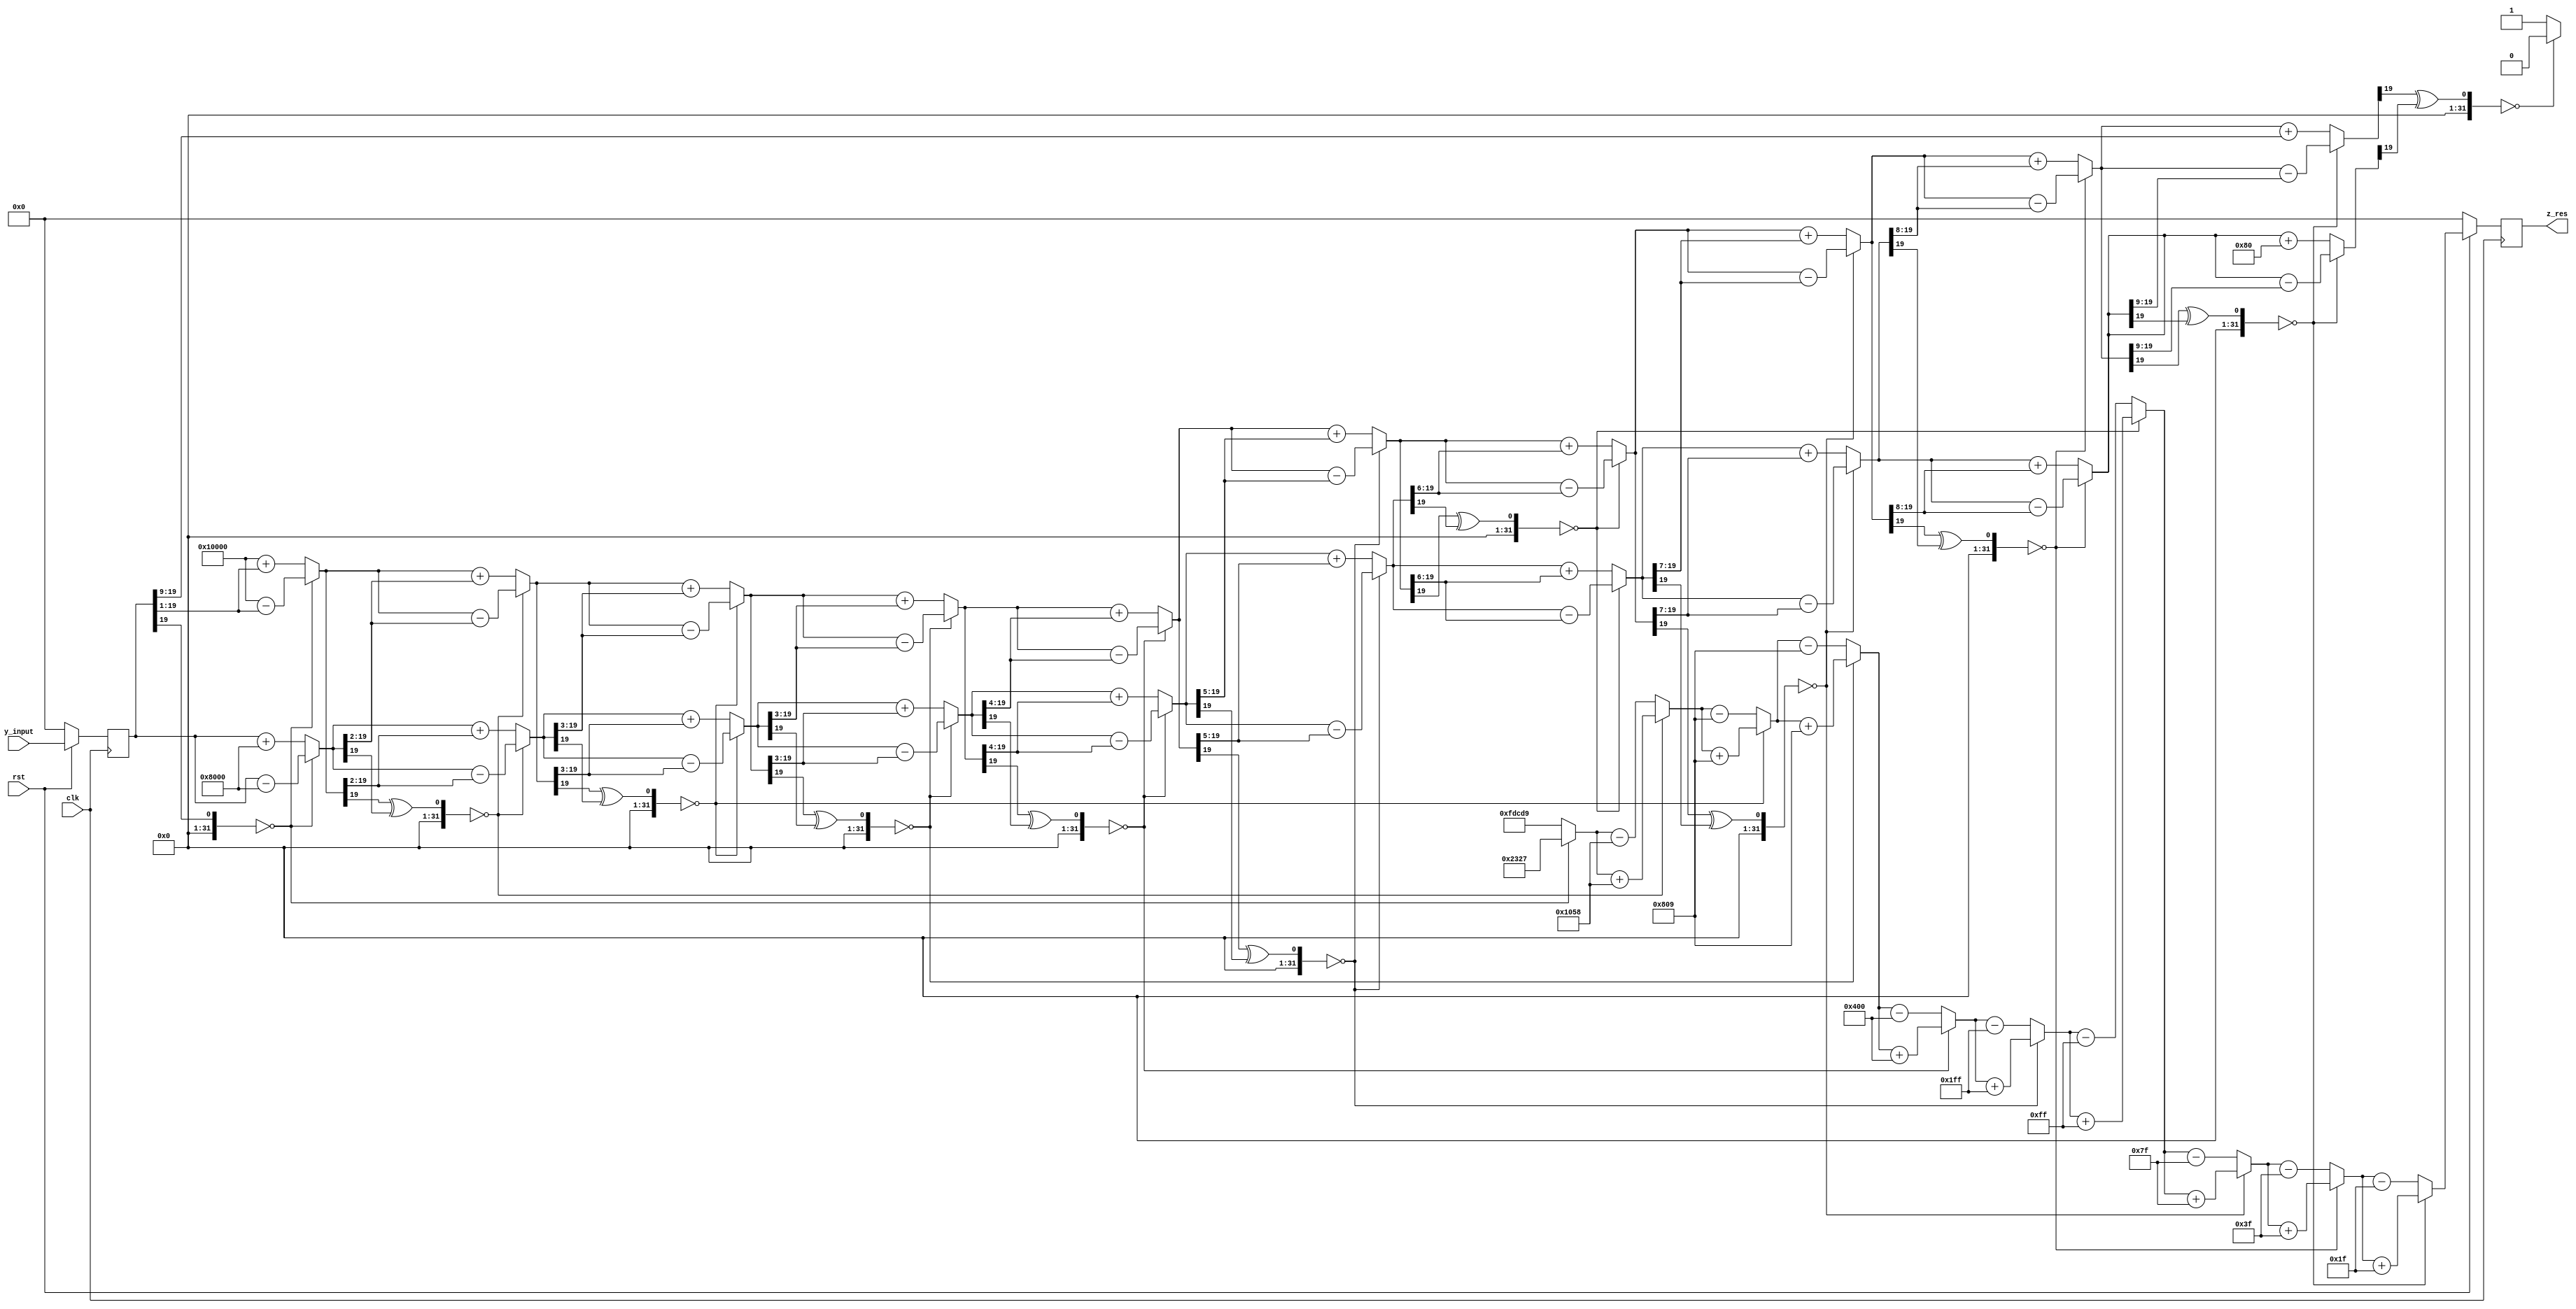
`timescale 1ns / 1ps
//////////////////////////////////////////////////////////////////////////////////
// Company: 
// Engineer: 
// 
// Design Name: 
// Module Name: cordic_tanh_inverse
// Project Name: 
// Target Devices: 
// Tool Versions: 
// Description: 
// 
// Dependencies: 
// 
// Revision:
// Revision 0.01 - File Created
// Additional Comments:
// 
//////////////////////////////////////////////////////////////////////////////////


module cordic_tanh_inverse(clk,rst,y_input,z_res);
input clk,rst;  // Input clock and reset signals
// input signed [19:0] x_input;   // 20 bits to denote the x input(16 bits including MSB for the integer part and 4 bits for the fractional part)
 input signed [19:0] y_input;   // 20 bits to denote the y input (16 bits including MSB for the integer part and 4 bits for the fractional part)
 output reg signed [19:0] z_res; // 20 bits (4 for integer part and 16 for fractional part) 
 
// reg signed [19:0] x_input_clk ;  // to store the x input (4 bits for the integer part including MSB and 16 bits for the fractional part)
 reg signed [19:0] y_input_clk ;  // to store the y input (4 bits for the integer part including MSB and 16 bits for the fractional part)
 
 reg signed [19:0] x [9:1];  // to store the x results of each step (4 bits for the integer part including MSB and 16 bits for the fractional part)
 reg signed [19:0] y [9:1];  // to store the y results of each step (4 bits for the integer part including MSB and 16 bits for the fractional part)
 
 (* keep = "soft" *)reg signed [19:0] x10,y10;
 
 wire signed[19:0] look_up [9:1];       // to store look up values of arc tan using 20 bits (16 bits including MSB to denote the integer part and 4 bits to denote the fractional part)
 reg  signed[19:0] z[10:1];  // Array of 20 bit registers to store the rotated angle 
 reg  d[9:1]; // Array of 1 bit registers to denote the direction of rotation. 1/0 => Anticlockwise / Clockwise rotation 
  (* keep = "soft" *) reg d10;
 
  
 reg signed [19:0] x4; // Used to store the x result when the 4th iteration is repeated
 reg signed [19:0] y4; // Used to store the y result when the 4th iteration is repeated
 reg signed [19:0] z4; // Used to store the z result when the 4th iteration is repeated
 reg d4;               // Used to store the direction of rotation when the 4th iteration is repeated
 
 
 // In the look up table of tanh inverse (2^-i), 6 bits are used for the integer part and 14 bits for the fractional part
 assign look_up[1] = {{6{1'b0}},{14'b10001100100111}};   // tanh inverse(2^-1) = 0.5493
 assign look_up[2] = {{6{1'b0}},{14'b01000001011000}};   // tanh inverse(2^-2) = 0.2554
 assign look_up[3] = {{6{1'b0}},{14'b00100000001001}};   // tanh inverse(2^-3) = 0.1256
 assign look_up[4] = {{6{1'b0}},{14'b00010000000000}};   // tanh inverse(2^-4) = 0.0625
 assign look_up[5] = {{6{1'b0}},{14'b00000111111111}};   // tanh inverse(2^-5) = 0.0312
 assign look_up[6] = {{6{1'b0}},{14'b00000011111111}};   // tanh inverse(2^-6) = 0.0156
 assign look_up[7] = {{6{1'b0}},{14'b00000001111111}};   // tanh inverse(2^-7) = 0.0078
 assign look_up[8] = {{6{1'b0}},{14'b00000000111111}};   // tanh inverse(2^-8) = 0.0039
 assign look_up[9] = {{6{1'b0}},{14'b00000000011111}};   // tanh inverse(2^-9) = 0.0019

 always@(posedge clk)
  begin
    if (rst == 0)
      begin
         y_input_clk     <= 20'b0;
         z_res <= 20'b0; 
      end  
    else 
      begin
         y_input_clk <= y_input;
         z_res <= z[10][19:0]; 
      end
  end
 
 
 // Place them in a separate always block as they are fixed (This helps us avoid numerous RTL errors)
 always@(*)
   begin
      x[1] = {{4'b0001},{16{1'b0}}};  // 4 bits for the integer part and 16 bits for the fractional part
      y[1] = y_input_clk; 
      z[1] = 20'b0; 
      d[1] = ((x[1][19] ^ (y[1][19])) == 0) ? 0 : 1;  
   end
   
   
 always@(*)
   begin      
//step 2
     x[2] = (d[1] == 1) ? (x[1] + (y[1]>>>1)) : (x[1]-(y[1]>>>1));
     y[2] = (d[1] == 1) ? (y[1] + (x[1]>>>1)) : (y[1]-(x[1]>>>1));
     z[2] = (d[1] == 1) ? (z[1] - look_up[1]) : (z[1]+look_up[1]);
     d[2] = (( (x[2][19]) ^ (y[2][19]) ) == 0) ? 0 : 1;
     
//step 3
     x[3] = (d[2] == 1) ? (x[2] + (y[2]>>>2)) : (x[2]-(y[2]>>>2));
     y[3] = (d[2] == 1) ? (y[2] + (x[2]>>>2)) : (y[2]-(x[2]>>>2));
     z[3] = (d[2] == 1) ? (z[2] - look_up[2]) : (z[2]+look_up[2]);
     d[3] = (( (x[3][19]) ^ (y[3][19]) ) == 0) ? 0 : 1;
     
//step 4
     x[4] = (d[3] == 1) ? (x[3] + (y[3]>>>3)) : (x[3]-(y[3]>>>3));
     y[4] = (d[3] == 1) ? (y[3] + (x[3]>>>3)) : (y[3]-(x[3]>>>3));
     z[4] = (d[3] == 1) ? (z[3] - look_up[3]) : (z[3]+look_up[3]);
     d[4] = (( (x[4][19]) ^ (y[4][19]) ) == 0) ? 0 : 1;

// step 4_prime (Repeating the 4th iteration for convergence of hyperbolic functions)
     x4 = (d[4] == 1) ? (x[4] + (y[4]>>>3)) : (x[4]-(y[4]>>>3));
     y4 = (d[4] == 1) ? (y[4] + (x[4]>>>3)) : (y[4]-(x[4]>>>3));
     z4 = (d[4] == 1) ? (z[4] - look_up[3]) : (z[4]+look_up[3]);
     d4 = (( (x4[19]) ^ (y4[19]) ) == 0) ? 0 : 1;
       
//step 5
     x[5] = (d4 == 1) ? (x4 + (y4>>>4)) : (x4-(y4>>>4));
     y[5] = (d4 == 1) ? (y4 + (x4>>>4)) : (y4-(x4>>>4));
     z[5] = (d4 == 1) ? (z4 - look_up[4]) : (z4+look_up[4]);
     d[5] = (( (x[5][19]) ^ (y[5][19]) ) == 0) ? 0 : 1;
     
//step 6
     x[6] = (d[5] == 1) ? (x[5] + (y[5]>>>5)) : (x[5]-(y[5]>>>5));
     y[6] = (d[5] == 1) ? (y[5] + (x[5]>>>5)) : (y[5]-(x[5]>>>5));
     z[6] = (d[5] == 1) ? (z[5] - look_up[5]) : (z[5]+look_up[5]);
     d[6] = (( (x[6][19]) ^ (y[6][19]) ) == 0) ? 0 : 1;
     
//step 7
     x[7] = (d[6] == 1) ? (x[6] + (y[6]>>>6)) : (x[6]-(y[6]>>>6));
     y[7] = (d[6] == 1) ? (y[6] + (x[6]>>>6)) : (y[6]-(x[6]>>>6));
     z[7] = (d[6] == 1) ? (z[6] - look_up[6]) : (z[6]+look_up[6]);
     d[7] = (( (x[7][19]) ^ (y[7][19]) ) == 0) ? 0 : 1;
     
//step 8
     x[8] = (d[7] == 1) ? (x[7] + (y[7]>>>7)) : (x[7]-(y[7]>>>7));
     y[8] = (d[7] == 1) ? (y[7] + (x[7]>>>7)) : (y[7]-(x[7]>>>7));
     z[8] = (d[7] == 1) ? (z[7] - look_up[7]) : (z[7]+look_up[7]);
     d[8] = (( (x[8][19]) ^ (y[8][19]) ) == 0) ? 0 : 1;
     
//step 9
     x[9] = (d[8] == 1) ? (x[8] + (y[8]>>>8)) : (x[8]-(y[8]>>>8));
     y[9] = (d[8] == 1) ? (y[8] + (x[8]>>>8)) : (y[8]-(x[8]>>>8));
     z[9] = (d[8] == 1) ? (z[8] - look_up[8]) : (z[8]+look_up[8]);
     d[9] = (( (x[9][19]) ^ (y[9][19]) ) == 0) ? 0 : 1;

//step 10
     x10 = (d[9] == 1) ? (x[9] + (y[1]>>>9)) : (x[9]-(y[9]>>>9));
     y10 = (d[9] == 1) ? (y[9] + (x[1]>>>9)) : (y[9]-(x[9]>>>9));
     z[10] = (d[9] == 1) ? (z[9] - look_up[9]) : (z[9]+look_up[9]);
     d10 = (( (x10[19]) ^ (y10[19]) ) == 0) ? 0 : 1;
   end

endmodule